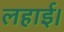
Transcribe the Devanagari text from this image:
लहाई।